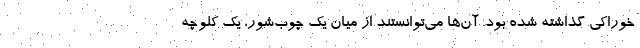
خوراکی گذاشته شده بود. آن‌ها می‌توانستند از میان یک چوب‌شور، یک کلوچه